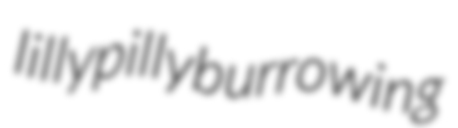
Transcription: lilly pilly burrowing